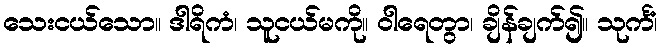
သေးငယ်သော။ ဒါရိကံ၊ သူငယ်မကို။ ဝါရေတွာ၊ ချိန်ချက်၍။ သုင်္ကံ၊